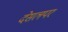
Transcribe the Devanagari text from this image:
देसलपर